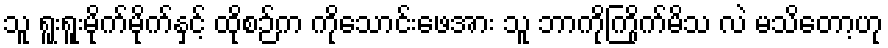
သူ ရူးရူးမိုက်မိုက်နှင့် ထိုစဉ်က ကိုသောင်းဖေအား သူ ဘာကိုကြိုက်မိသ လဲ မသိတော့ဟု